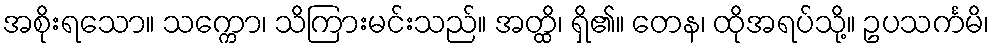
အစိုးရသော။ သက္ကော၊ သိကြားမင်းသည်။ အတ္ထိ၊ ရှိ၏။ တေန၊ ထိုအရပ်သို့။ ဥပသင်္ကမိ၊